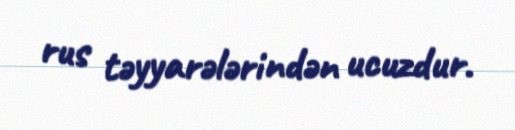
rus təyyarələrindən ucuzdur.